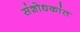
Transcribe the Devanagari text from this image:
संशोधकांत